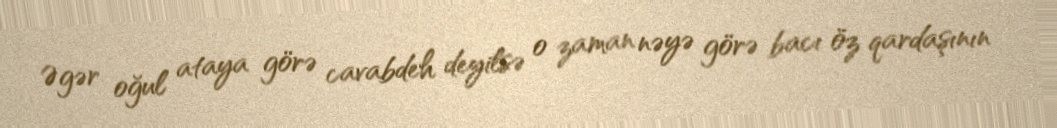
Əgər oğul ataya görə cavabdeh deyilsə o zaman nəyə görə bacı öz qardaşının